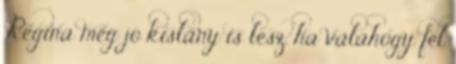
Regina még jó kislány is lesz, ha valahogy fel